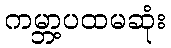
ကမ္ဘာ့ပထမဆုံး